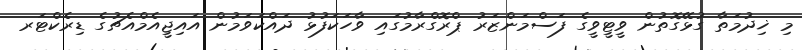
މި ޚިދުމަތާ ގުޅޭގޮތުން ވީޓީވީގެ ފަސްމަންޒަރު ޕްރޮގްރާމުގައި ވާހަކަފުޅު ދައްކަވަމުން އައިޖީއެމްއެޗުގެ ޑިރެކްޓަރ